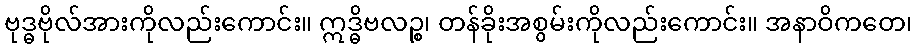
ဗုဒ္ဓဗိုလ်အားကိုလည်းကောင်း။ ဣဒ္ဓိဗလဉ္စ၊ တန်ခိုးအစွမ်းကိုလည်းကောင်း။ အနာဝိကတေ၊